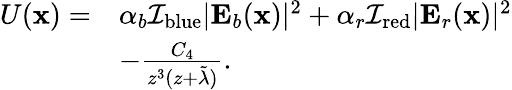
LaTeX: \begin{array}{rl}{U(\textbf{x})=}&{\alpha_{b}\mathcal{I}_{\mathrm{blue}}|\textbf{E}_{b}(\textbf{x})|^{2}+\alpha_{r}\mathcal{I}_{\mathrm{red}}|\textbf{E}_{r}(\textbf{x})|^{2}}\\ &{-\frac{C_{4}}{z^{3}(z+\tilde{\lambda})}.}\end{array}